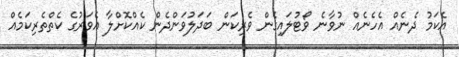
އެކަމު ދެނެއް އެހެނެއް ނުވާނެ ވޯޓުލައިގެން ވެރިކަން ބަދަލުވަންދެން ކެއްކޮށްލާ އެވަރުގެ ކެތްތެރިކަމެއް